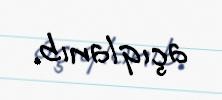
açıqlanıb.